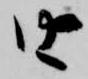
由